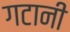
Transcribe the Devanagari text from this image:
गटानी